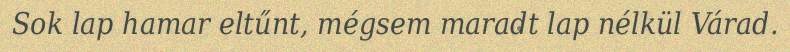
Sok lap hamar eltűnt, mégsem maradt lap nélkül Várad.